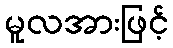
မူလအားဖြင့်